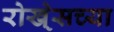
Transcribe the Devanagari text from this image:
रोखे्सच्या